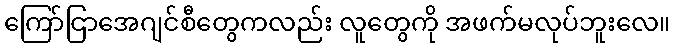
ကြော်ငြာအေဂျင်စီတွေကလည်း လူတွေကို အဖက်မလုပ်ဘူးလေ။